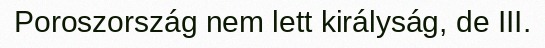
Poroszország nem lett királyság, de III.